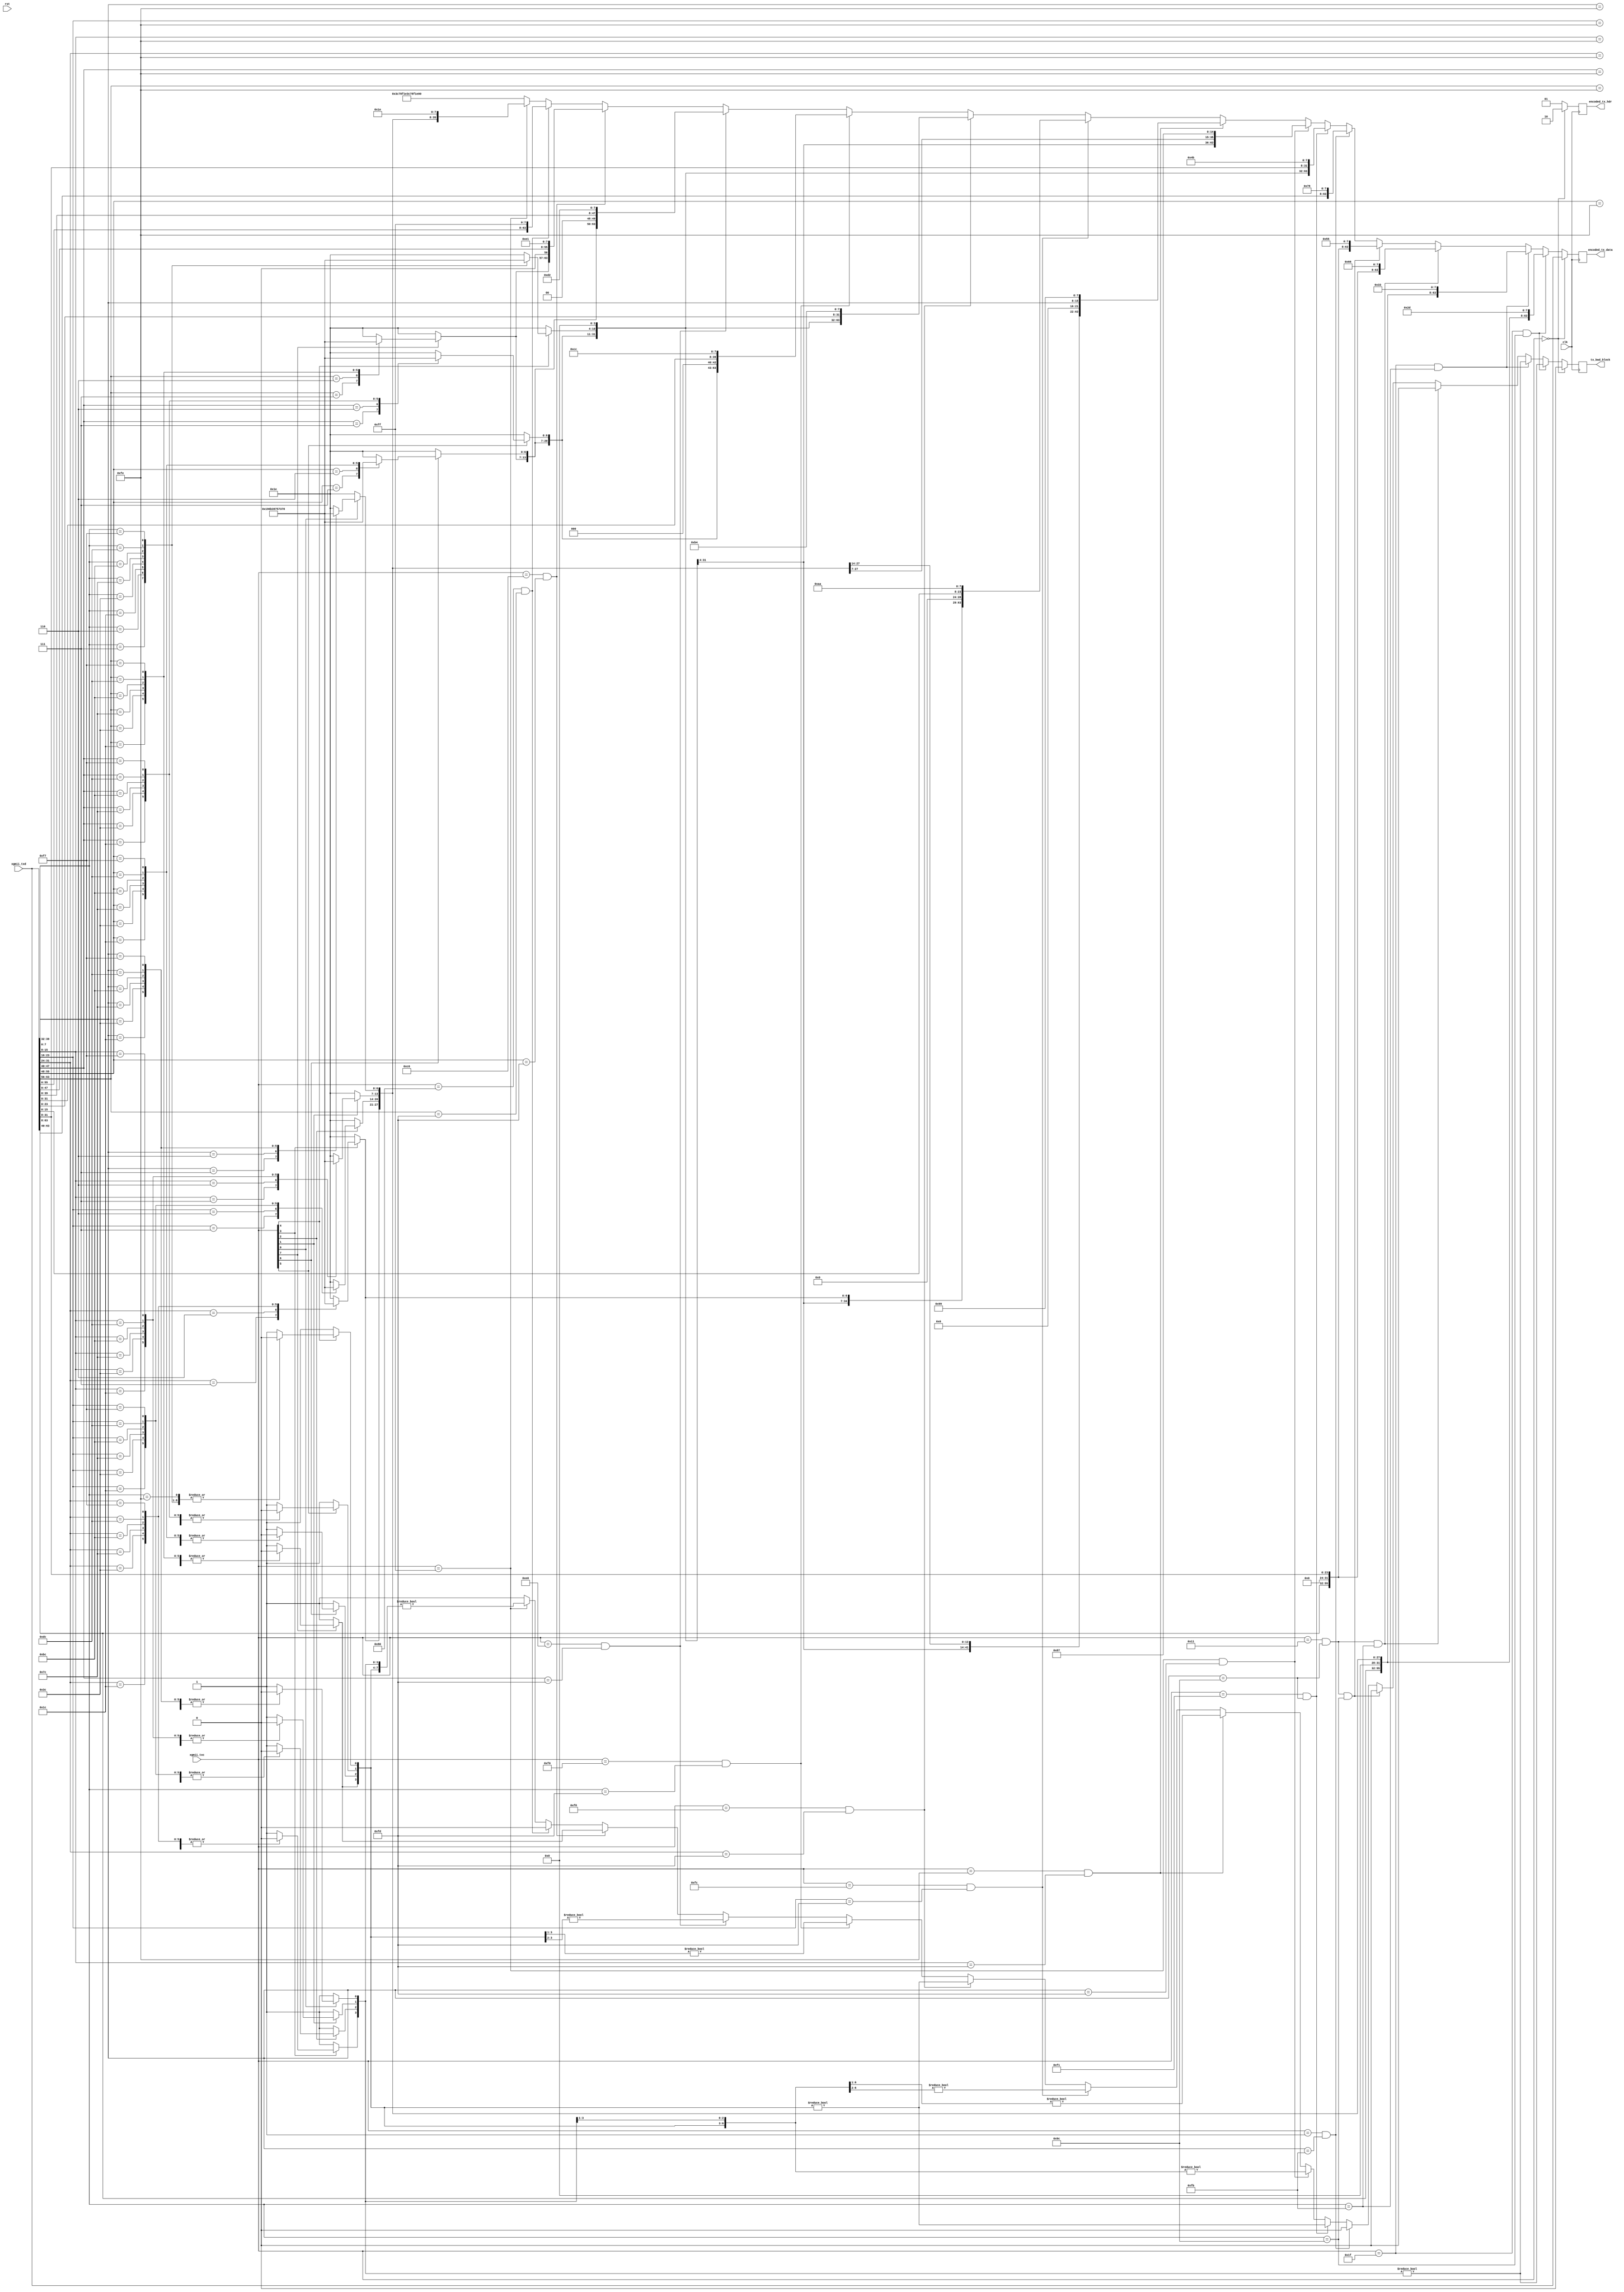
/*

Copyright (c) 2018 Alex Forencich

Permission is hereby granted, free of charge, to any person obtaining a copy
of this software and associated documentation files (the "Software"), to deal
in the Software without restriction, including without limitation the rights
to use, copy, modify, merge, publish, distribute, sublicense, and/or sell
copies of the Software, and to permit persons to whom the Software is
furnished to do so, subject to the following conditions:

The above copyright notice and this permission notice shall be included in
all copies or substantial portions of the Software.

THE SOFTWARE IS PROVIDED "AS IS", WITHOUT WARRANTY OF ANY KIND, EXPRESS OR
IMPLIED, INCLUDING BUT NOT LIMITED TO THE WARRANTIES OF MERCHANTABILITY
FITNESS FOR A PARTICULAR PURPOSE AND NONINFRINGEMENT. IN NO EVENT SHALL THE
AUTHORS OR COPYRIGHT HOLDERS BE LIABLE FOR ANY CLAIM, DAMAGES OR OTHER
LIABILITY, WHETHER IN AN ACTION OF CONTRACT, TORT OR OTHERWISE, ARISING FROM,
OUT OF OR IN CONNECTION WITH THE SOFTWARE OR THE USE OR OTHER DEALINGS IN
THE SOFTWARE.

*/

// Language: Verilog 2001

`resetall
`timescale 1ns / 1ps
`default_nettype none

/*
 * XGMII 10GBASE-R encoder
 */
module xgmii_baser_enc_64 #
(
    parameter DATA_WIDTH = 64,
    parameter CTRL_WIDTH = (DATA_WIDTH/8),
    parameter HDR_WIDTH = 2
)
(
    input  wire                  clk,
    input  wire                  rst,

    /*
     * XGMII interface
     */
    input  wire [DATA_WIDTH-1:0] xgmii_txd,
    input  wire [CTRL_WIDTH-1:0] xgmii_txc,

    /*
     * 10GBASE-R encoded interface
     */
    output wire [DATA_WIDTH-1:0] encoded_tx_data,
    output wire [HDR_WIDTH-1:0]  encoded_tx_hdr,

    /*
     * Status
     */
    output wire                  tx_bad_block
);

// bus width assertions
initial begin
    if (DATA_WIDTH != 64) begin
        $error("Error: Interface width must be 64");
        $finish;
    end

    if (CTRL_WIDTH * 8 != DATA_WIDTH) begin
        $error("Error: Interface requires byte (8-bit) granularity");
        $finish;
    end

    if (HDR_WIDTH != 2) begin
        $error("Error: HDR_WIDTH must be 2");
        $finish;
    end
end

localparam [7:0]
    XGMII_IDLE   = 8'h07,
    XGMII_LPI    = 8'h06,
    XGMII_START  = 8'hfb,
    XGMII_TERM   = 8'hfd,
    XGMII_ERROR  = 8'hfe,
    XGMII_SEQ_OS = 8'h9c,
    XGMII_RES_0  = 8'h1c,
    XGMII_RES_1  = 8'h3c,
    XGMII_RES_2  = 8'h7c,
    XGMII_RES_3  = 8'hbc,
    XGMII_RES_4  = 8'hdc,
    XGMII_RES_5  = 8'hf7,
    XGMII_SIG_OS = 8'h5c;

localparam [6:0]
    CTRL_IDLE  = 7'h00,
    CTRL_LPI   = 7'h06,
    CTRL_ERROR = 7'h1e,
    CTRL_RES_0 = 7'h2d,
    CTRL_RES_1 = 7'h33,
    CTRL_RES_2 = 7'h4b,
    CTRL_RES_3 = 7'h55,
    CTRL_RES_4 = 7'h66,
    CTRL_RES_5 = 7'h78;

localparam [3:0]
    O_SEQ_OS = 4'h0,
    O_SIG_OS = 4'hf;

localparam [1:0]
    SYNC_DATA = 2'b10,
    SYNC_CTRL = 2'b01;

localparam [7:0]
    BLOCK_TYPE_CTRL     = 8'h1e, // C7 C6 C5 C4 C3 C2 C1 C0 BT
    BLOCK_TYPE_OS_4     = 8'h2d, // D7 D6 D5 O4 C3 C2 C1 C0 BT
    BLOCK_TYPE_START_4  = 8'h33, // D7 D6 D5    C3 C2 C1 C0 BT
    BLOCK_TYPE_OS_START = 8'h66, // D7 D6 D5    O0 D3 D2 D1 BT
    BLOCK_TYPE_OS_04    = 8'h55, // D7 D6 D5 O4 O0 D3 D2 D1 BT
    BLOCK_TYPE_START_0  = 8'h78, // D7 D6 D5 D4 D3 D2 D1    BT
    BLOCK_TYPE_OS_0     = 8'h4b, // C7 C6 C5 C4 O0 D3 D2 D1 BT
    BLOCK_TYPE_TERM_0   = 8'h87, // C7 C6 C5 C4 C3 C2 C1    BT
    BLOCK_TYPE_TERM_1   = 8'h99, // C7 C6 C5 C4 C3 C2    D0 BT
    BLOCK_TYPE_TERM_2   = 8'haa, // C7 C6 C5 C4 C3    D1 D0 BT
    BLOCK_TYPE_TERM_3   = 8'hb4, // C7 C6 C5 C4    D2 D1 D0 BT
    BLOCK_TYPE_TERM_4   = 8'hcc, // C7 C6 C5    D3 D2 D1 D0 BT
    BLOCK_TYPE_TERM_5   = 8'hd2, // C7 C6    D4 D3 D2 D1 D0 BT
    BLOCK_TYPE_TERM_6   = 8'he1, // C7    D5 D4 D3 D2 D1 D0 BT
    BLOCK_TYPE_TERM_7   = 8'hff; //    D6 D5 D4 D3 D2 D1 D0 BT

reg [DATA_WIDTH*7/8-1:0] encoded_ctrl;
reg [CTRL_WIDTH-1:0] encode_err;

reg [DATA_WIDTH-1:0] encoded_tx_data_reg = {DATA_WIDTH{1'b0}}, encoded_tx_data_next;
reg [HDR_WIDTH-1:0] encoded_tx_hdr_reg = {HDR_WIDTH{1'b0}}, encoded_tx_hdr_next;

reg tx_bad_block_reg = 1'b0, tx_bad_block_next;

assign encoded_tx_data = encoded_tx_data_reg;
assign encoded_tx_hdr = encoded_tx_hdr_reg;

assign tx_bad_block = tx_bad_block_reg;

integer i;

always @* begin
    tx_bad_block_next = 1'b0;

    for (i = 0; i < CTRL_WIDTH; i = i + 1) begin
        if (xgmii_txc[i]) begin
            // control
            case (xgmii_txd[8*i +: 8])
                XGMII_IDLE: begin
                    encoded_ctrl[7*i +: 7] = CTRL_IDLE;
                    encode_err[i] = 1'b0;
                end
                XGMII_LPI: begin
                    encoded_ctrl[7*i +: 7] = CTRL_LPI;
                    encode_err[i] = 1'b0;
                end
                XGMII_ERROR: begin
                    encoded_ctrl[7*i +: 7] = CTRL_ERROR;
                    encode_err[i] = 1'b0;
                end
                XGMII_RES_0: begin
                    encoded_ctrl[7*i +: 7] = CTRL_RES_0;
                    encode_err[i] = 1'b0;
                end
                XGMII_RES_1: begin
                    encoded_ctrl[7*i +: 7] = CTRL_RES_1;
                    encode_err[i] = 1'b0;
                end
                XGMII_RES_2: begin
                    encoded_ctrl[7*i +: 7] = CTRL_RES_2;
                    encode_err[i] = 1'b0;
                end
                XGMII_RES_3: begin
                    encoded_ctrl[7*i +: 7] = CTRL_RES_3;
                    encode_err[i] = 1'b0;
                end
                XGMII_RES_4: begin
                    encoded_ctrl[7*i +: 7] = CTRL_RES_4;
                    encode_err[i] = 1'b0;
                end
                XGMII_RES_5: begin
                    encoded_ctrl[7*i +: 7] = CTRL_RES_5;
                    encode_err[i] = 1'b0;
                end
                default: begin
                    encoded_ctrl[7*i +: 7] = CTRL_ERROR;
                    encode_err[i] = 1'b1;
                end
            endcase
        end else begin
            // data (always invalid as control)
            encoded_ctrl[7*i +: 7] = CTRL_ERROR;
            encode_err[i] = 1'b1;
        end
    end

    if (xgmii_txc == 8'h00) begin
        encoded_tx_data_next = xgmii_txd;
        encoded_tx_hdr_next = SYNC_DATA;
        tx_bad_block_next = 1'b0;
    end else begin
        if (xgmii_txc == 8'h1f && xgmii_txd[39:32] == XGMII_SEQ_OS) begin
            // ordered set in lane 4
            encoded_tx_data_next = {xgmii_txd[63:40], O_SEQ_OS, encoded_ctrl[27:0], BLOCK_TYPE_OS_4};
            tx_bad_block_next = encode_err[3:0] != 0;
        end else if (xgmii_txc == 8'h1f && xgmii_txd[39:32] == XGMII_START) begin
            // start in lane 4
            encoded_tx_data_next = {xgmii_txd[63:40], 4'd0, encoded_ctrl[27:0], BLOCK_TYPE_START_4};
            tx_bad_block_next = encode_err[3:0] != 0;
        end else if (xgmii_txc == 8'h11 && xgmii_txd[7:0] == XGMII_SEQ_OS && xgmii_txd[39:32] == XGMII_START) begin
            // ordered set in lane 0, start in lane 4
            encoded_tx_data_next = {xgmii_txd[63:40], 4'd0, O_SEQ_OS, xgmii_txd[31:8], BLOCK_TYPE_OS_START};
            tx_bad_block_next = 1'b0;
        end else if (xgmii_txc == 8'h11 && xgmii_txd[7:0] == XGMII_SEQ_OS && xgmii_txd[39:32] == XGMII_SEQ_OS) begin
            // ordered set in lane 0 and lane 4
            encoded_tx_data_next = {xgmii_txd[63:40], O_SEQ_OS, O_SEQ_OS, xgmii_txd[31:8], BLOCK_TYPE_OS_04};
            tx_bad_block_next = 1'b0;
        end else if (xgmii_txc == 8'h01 && xgmii_txd[7:0] == XGMII_START) begin
            // start in lane 0
            encoded_tx_data_next = {xgmii_txd[63:8], BLOCK_TYPE_START_0};
            tx_bad_block_next = 1'b0;
        end else if (xgmii_txc == 8'hf1 && xgmii_txd[7:0] == XGMII_SEQ_OS) begin
            // ordered set in lane 0
            encoded_tx_data_next = {encoded_ctrl[55:28], O_SEQ_OS, xgmii_txd[31:8], BLOCK_TYPE_OS_0};
            tx_bad_block_next = encode_err[7:4] != 0;
        end else if (xgmii_txc == 8'hff && xgmii_txd[7:0] == XGMII_TERM) begin
            // terminate in lane 0
            encoded_tx_data_next = {encoded_ctrl[55:7], 7'd0, BLOCK_TYPE_TERM_0};
            tx_bad_block_next = encode_err[7:1] != 0;
        end else if (xgmii_txc == 8'hfe && xgmii_txd[15:8] == XGMII_TERM) begin
            // terminate in lane 1
            encoded_tx_data_next = {encoded_ctrl[55:14], 6'd0, xgmii_txd[7:0], BLOCK_TYPE_TERM_1};
            tx_bad_block_next = encode_err[7:2] != 0;
        end else if (xgmii_txc == 8'hfc && xgmii_txd[23:16] == XGMII_TERM) begin
            // terminate in lane 2
            encoded_tx_data_next = {encoded_ctrl[55:21], 5'd0, xgmii_txd[15:0], BLOCK_TYPE_TERM_2};
            tx_bad_block_next = encode_err[7:3] != 0;
        end else if (xgmii_txc == 8'hf8 && xgmii_txd[31:24] == XGMII_TERM) begin
            // terminate in lane 3
            encoded_tx_data_next = {encoded_ctrl[55:28], 4'd0, xgmii_txd[23:0], BLOCK_TYPE_TERM_3};
            tx_bad_block_next = encode_err[7:4] != 0;
        end else if (xgmii_txc == 8'hf0 && xgmii_txd[39:32] == XGMII_TERM) begin
            // terminate in lane 4
            encoded_tx_data_next = {encoded_ctrl[55:35], 3'd0, xgmii_txd[31:0], BLOCK_TYPE_TERM_4};
            tx_bad_block_next = encode_err[7:5] != 0;
        end else if (xgmii_txc == 8'he0 && xgmii_txd[47:40] == XGMII_TERM) begin
            // terminate in lane 5
            encoded_tx_data_next = {encoded_ctrl[55:42], 2'd0, xgmii_txd[39:0], BLOCK_TYPE_TERM_5};
            tx_bad_block_next = encode_err[7:6] != 0;
        end else if (xgmii_txc == 8'hc0 && xgmii_txd[55:48] == XGMII_TERM) begin
            // terminate in lane 6
            encoded_tx_data_next = {encoded_ctrl[55:49], 1'd0, xgmii_txd[47:0], BLOCK_TYPE_TERM_6};
            tx_bad_block_next = encode_err[7] != 0;
        end else if (xgmii_txc == 8'h80 && xgmii_txd[63:56] == XGMII_TERM) begin
            // terminate in lane 7
            encoded_tx_data_next = {xgmii_txd[55:0], BLOCK_TYPE_TERM_7};
            tx_bad_block_next = 1'b0;
        end else if (xgmii_txc == 8'hff) begin
            // all control
            encoded_tx_data_next = {encoded_ctrl, BLOCK_TYPE_CTRL};
            tx_bad_block_next = encode_err != 0;
        end else begin
            // no corresponding block format
            encoded_tx_data_next = {{8{CTRL_ERROR}}, BLOCK_TYPE_CTRL};
            tx_bad_block_next = 1'b1;
        end
        encoded_tx_hdr_next = SYNC_CTRL;
    end
end

always @(posedge clk) begin
    encoded_tx_data_reg <= encoded_tx_data_next;
    encoded_tx_hdr_reg <= encoded_tx_hdr_next;

    tx_bad_block_reg <= tx_bad_block_next;
end

endmodule

`resetall